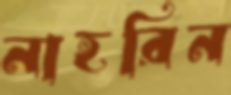
নাহরিন